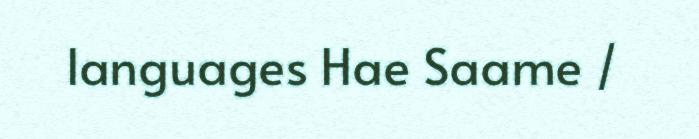
languages Hae Saame /